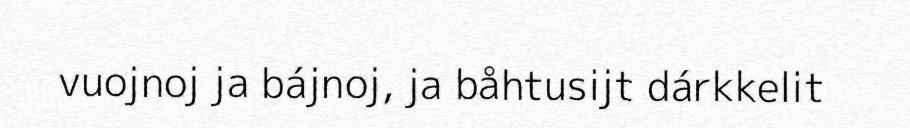
vuojnoj ja bájnoj, ja båhtusijt dárkkelit